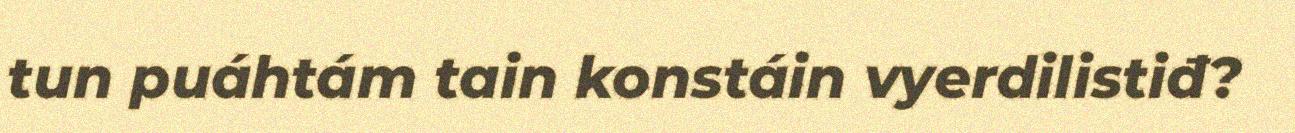
tun puáhtám tain konstáin vyerdilistiđ?